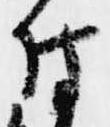
付